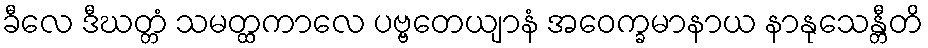
ခီလေ ဒီဃတ္တံ သမတ္ထကာလေ ပဗ္ဗတေယျာနံ အဝေက္ခမာနာယ နာနုသေန္တီတိ